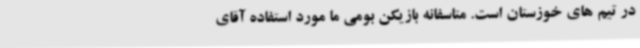
در تیم های خوزستان است. متاسفانه بازیکن بومی ما مورد استفاده آقای